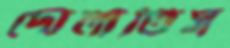
দোলাতিস